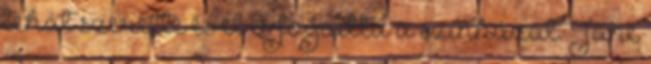
tehát szerette és el is fogadta a színházat. Jane